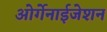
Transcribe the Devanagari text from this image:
ओर्गेनाईजेशन